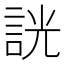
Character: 𧧯